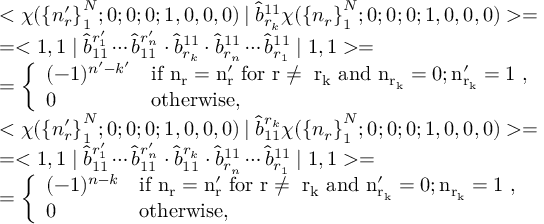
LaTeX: \begin{array} { l } { { < \chi ( { \{ n _ { r } ^ { \prime } \} } _ { 1 } ^ { N } ; 0 ; 0 ; 0 ; 1 , 0 , 0 , 0 ) \left| \right. \hat { b } _ { r _ { k } } ^ { 1 1 } \chi ( { \{ n _ { r } \} } _ { 1 } ^ { N } ; 0 ; 0 ; 0 ; 1 , 0 , 0 , 0 ) > = } } \\ { { = < 1 , 1 \mid \hat { b } _ { 1 1 } ^ { r _ { 1 } ^ { \prime } } \cdots \hat { b } _ { 1 1 } ^ { r _ { n } ^ { \prime } } \cdot \hat { b } _ { r _ { k } } ^ { 1 1 } \cdot \hat { b } _ { r _ { n } } ^ { 1 1 } \cdots \hat { b } _ { r _ { 1 } } ^ { 1 1 } \mid 1 , 1 > = } } \\ { { = \left\{ \begin{array} { l l } { { ( - 1 ) ^ { n ^ { \prime } - k ^ { \prime } } } } & { { \mathrm { i f ~ n _ { r } = n _ { r } ^ { \prime } ~ f o r ~ r \neq ~ r _ { k } ~ a n d ~ n _ { r _ { k } } = 0 ; n _ { r _ { k } } ^ { \prime } = 1 ~ } , } } \\ { { 0 } } & { { \mathrm { o t h e r w i s e } , } } \end{array} \right. } } \\ { { < \chi ( { \{ n _ { r } ^ { \prime } \} } _ { 1 } ^ { N } ; 0 ; 0 ; 0 ; 1 , 0 , 0 , 0 ) \left| \right. \hat { b } _ { 1 1 } ^ { r _ { k } } \chi ( { \{ n _ { r } \} } _ { 1 } ^ { N } ; 0 ; 0 ; 0 ; 1 , 0 , 0 , 0 ) > = } } \\ { { = < 1 , 1 \mid \hat { b } _ { 1 1 } ^ { r _ { 1 } ^ { \prime } } \cdots \hat { b } _ { 1 1 } ^ { r _ { n } ^ { \prime } } \cdot \hat { b } _ { 1 1 } ^ { r _ { k } } \cdot \hat { b } _ { r _ { n } } ^ { 1 1 } \cdots \hat { b } _ { r _ { 1 } } ^ { 1 1 } \mid 1 , 1 > = } } \\ { { = \left\{ \begin{array} { l l } { { ( - 1 ) ^ { n - k } } } & { { \mathrm { i f ~ n _ { r } = n _ { r } ^ { \prime } ~ f o r ~ r \neq ~ r _ { k } ~ a n d ~ n _ { r _ { k } } ^ { \prime } = 0 ; n _ { r _ { k } } = 1 ~ } , } } \\ { { 0 } } & { { \mathrm { o t h e r w i s e } , } } \end{array} \right. } } \end{array}